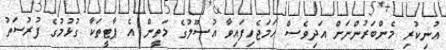
އުނިކުރި މެންބަރުންނަށް އަދިވެސް ހަމަޖެހިފައިވާ އުސޫލުގެ މަތީން އެ ޕާޓީތަކާ ގުޅުމުގެ ފުރުސަތު